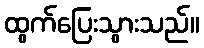
ထွက်ပြေးသွားသည်။